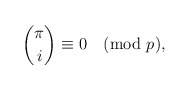
\begin{align*}\binom{\pi}{i} \equiv 0\pmod{p},\end{align*}